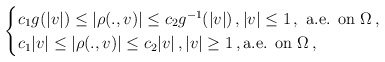
\begin{align*}\begin{cases}c_1 g(|v|) \le |\rho(.,v)| \le c_2 g^{-1}(|v|)\,, |v| \le 1 \,, \mbox{ a.e. on } \Omega \,,\\c_1 |v| \le |\rho(.,v)| \le c_2 |v| \,, |v| \ge 1 \,, \mbox{a.e. on } \Omega \,,\end{cases}\end{align*}